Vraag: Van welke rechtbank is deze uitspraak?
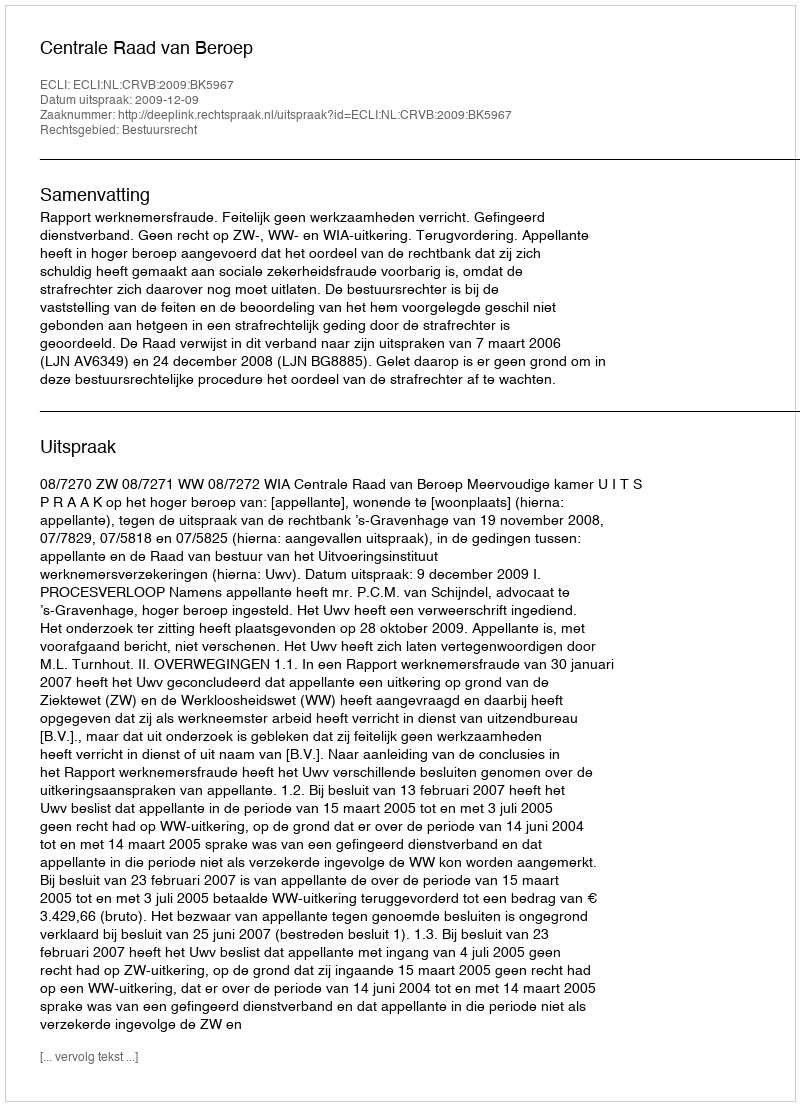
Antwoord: Centrale Raad van Beroep